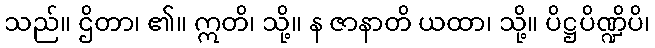
သည်။ ဌိတာ၊ ၏။ ဣတိ၊ သို့။ န ဇာနာတိ ယထာ၊ သို့။ ပိဋ္ဌပိဏ္ဍိပိ၊